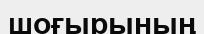
шоғырының